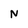
Character: N